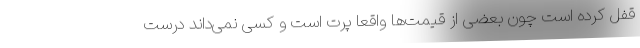
قفل کرده است چون بعضی از قیمت‌ها واقعا پرت است و کسی نمی‌داند درست